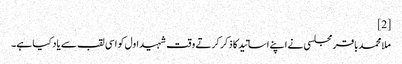
[2]
ملا محمدباقر مجلسی‌ نے اپنے اساتید کا ذکر کرتے وقت شہید اول کو اسی لقب سے یاد کیا ہے۔